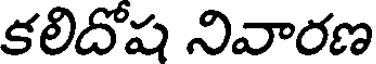
కలిదోష నివారణ